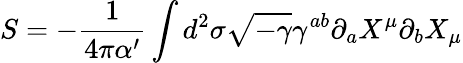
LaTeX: S=-\frac{1}{4\pi\alpha^{\prime}}\int d^{2}\sigma\sqrt{-\gamma}\gamma^{ab}\partial_{a}X^{\mu}\partial_{b}X_{\mu}